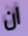
ان